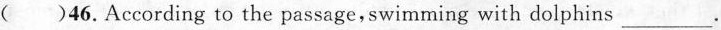
()46. According to the passage,swimming with dolphins ___.